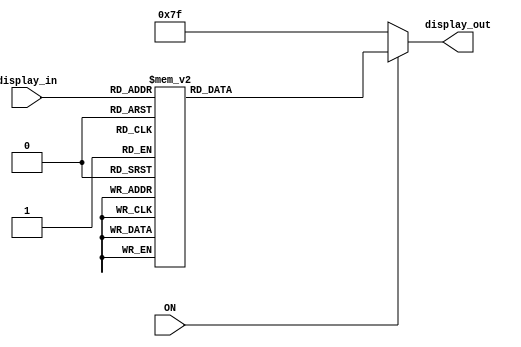
module HEX_MODULE(input			    [3:0]		display_in,
						input								ON,
						output			 reg[6:0]		display_out);
parameter			H0=7'b1000000,H1=7'b1111001,H2=7'b0100100,H3=7'b0110000,H4=7'b0011001,
                  H5=7'b0010010,H6=7'b0000010,H7=7'b1111000,H8=7'b0000000,H9=7'b0010000,
						HZ=7'b1111111;
				always@(display_in) begin
				      if(ON==0) begin
							             display_out=HZ;
						end else
						case(display_in)
								4'd0:display_out=H0;
								4'd1:display_out=H1;
								4'd2:display_out=H2;
								4'd3:display_out=H3;
								4'd4:display_out=H4;
								4'd5:display_out=H5;
								4'd6:display_out=H6;
								4'd7:display_out=H7;
								4'd8:display_out=H8;
								4'd9:display_out=H9;
							default:display_out=HZ;
						endcase
				end
endmodule